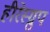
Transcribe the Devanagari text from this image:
हीरेस्ग्रुप